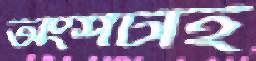
অংশটাই